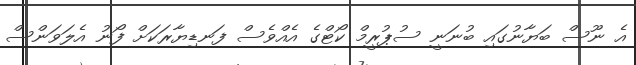
އެ ނޫސް ބަޔާނުގައި ބުނަނީ ސުޕުރީމް ކޯޓްގެ އެއްވެސް ފަނޑިޔާރަކަށް ފޯނު އެލަވަންސް